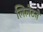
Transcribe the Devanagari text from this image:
लिलेटने